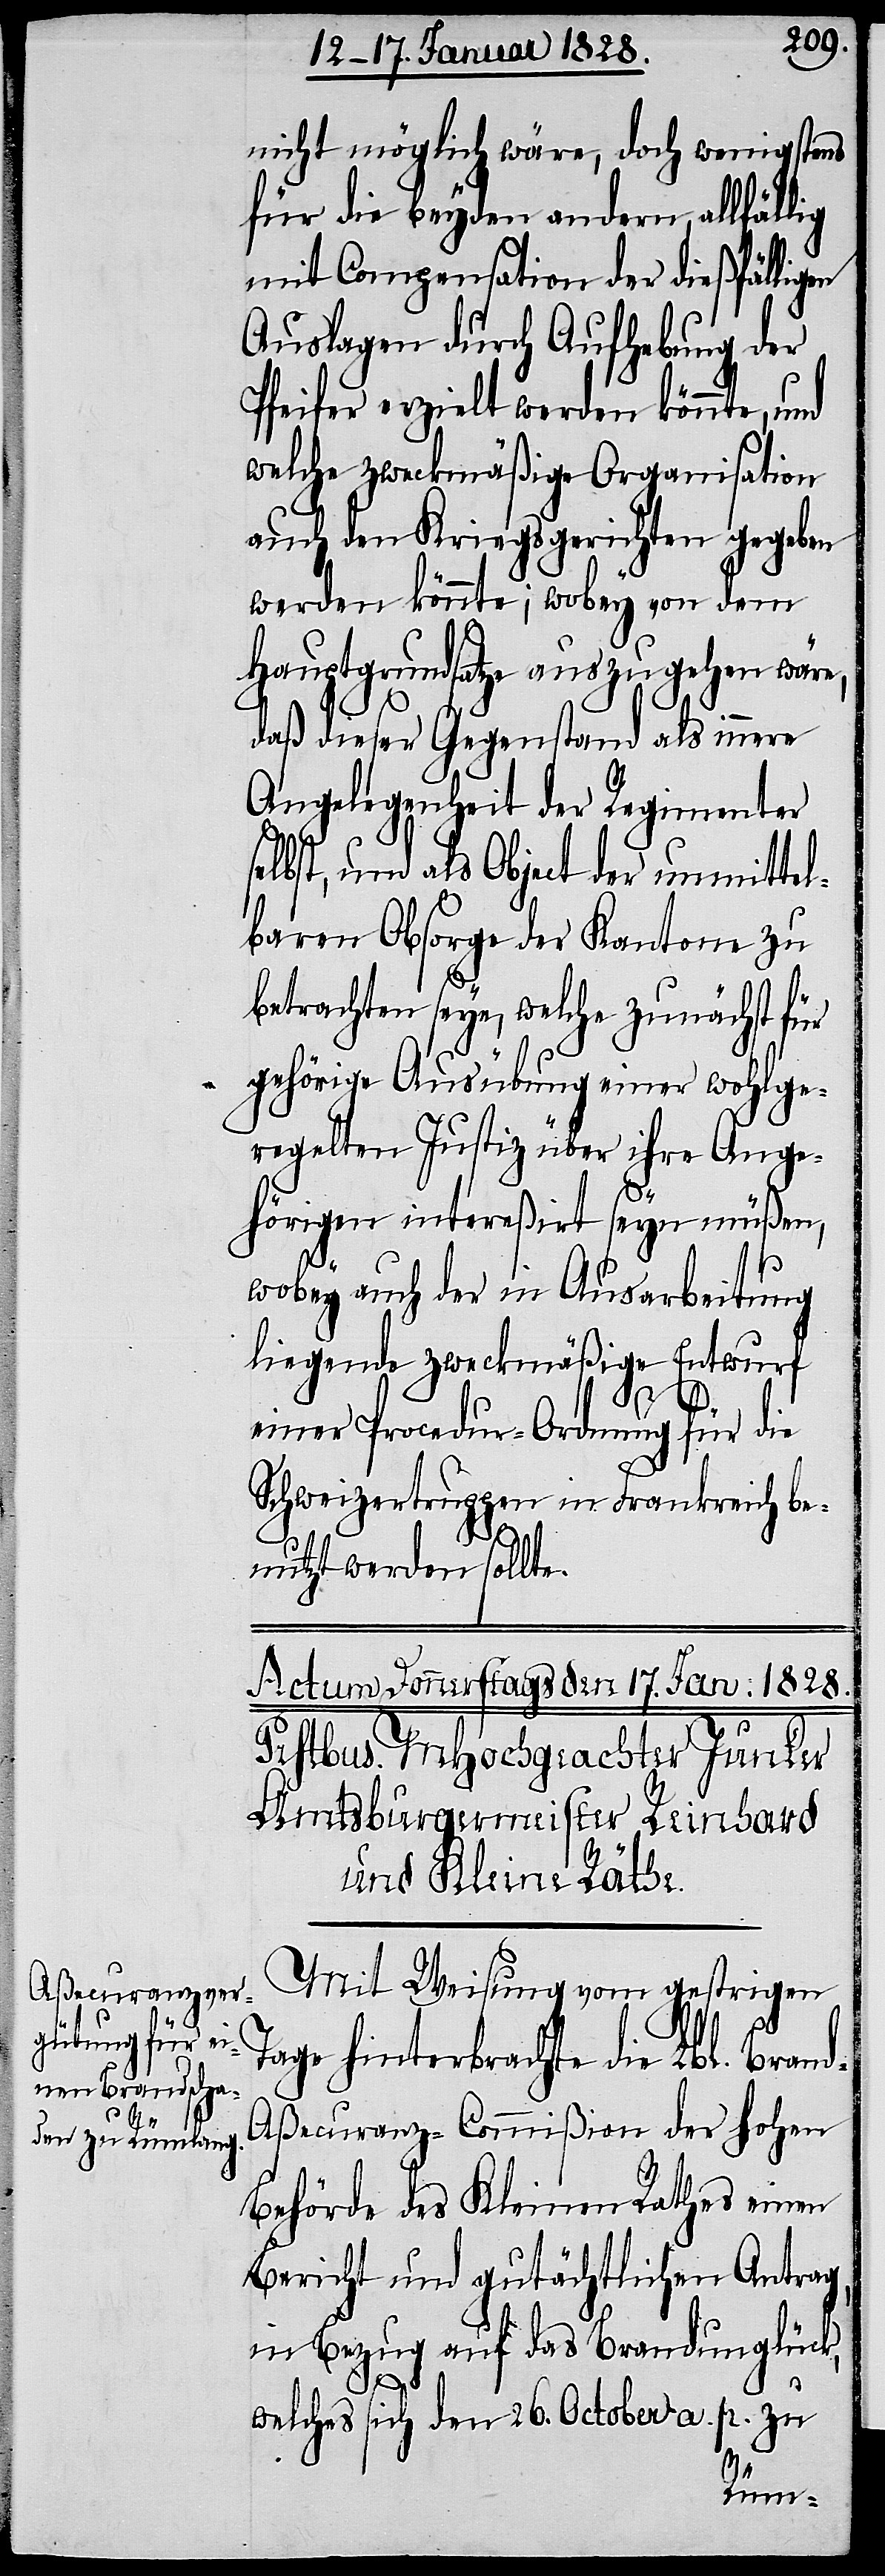
nicht möglich wäre, doch wenigstens
für die beyden andern allfällig
mit Compensation der dießfälligen
Auslagen durch Aufhebung der
Pfeifer erzielt werden könnte, und
welche zweckmäßige Organisation
auch den Kriegsgerichten gegeben
werden könnte; wobey von dem
Hauptgrundsatze auszugehen wäre,
daß dieser Gegenstand als innere
Angelegenheit der Regimenter
selbst, und als Object der unmittel¬
baren Obsorge der Kantone zu
betrachten seye, welche zunächst für
gehörige Ausübung einer wohlge¬
regelten Justiz über ihre Ange¬
hörigen intereßiert seyn müßen,
wobey auch der in Ausarbeitung
liegende zweckmäßige Entwurf
einer Procedur-Ordnung für die
Schweizertruppen in Frankreich be¬
nutzt werden wollte.
Mit Weisung vom gestrigen
Tage hiterbrachte die Lbl. Bran¬
d-Aßecuranz-Commißion der hohen
Behörde des Kleinen Rathes einen
Bericht und gutächtlichen Antrag,
in Bezug auf das Brandunglück,
welches sich den 26. October a. p. zu